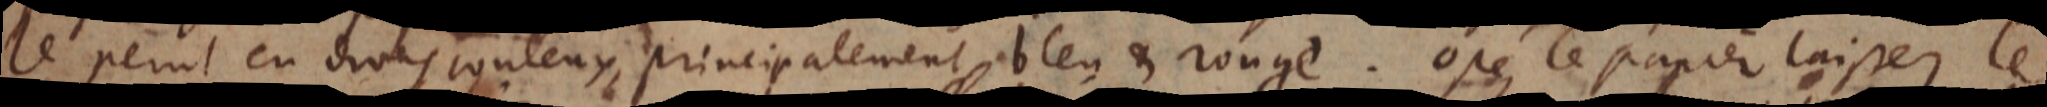
le peint en divers couleurs, principalement bleu et rouge. Ostez le papier laissez le